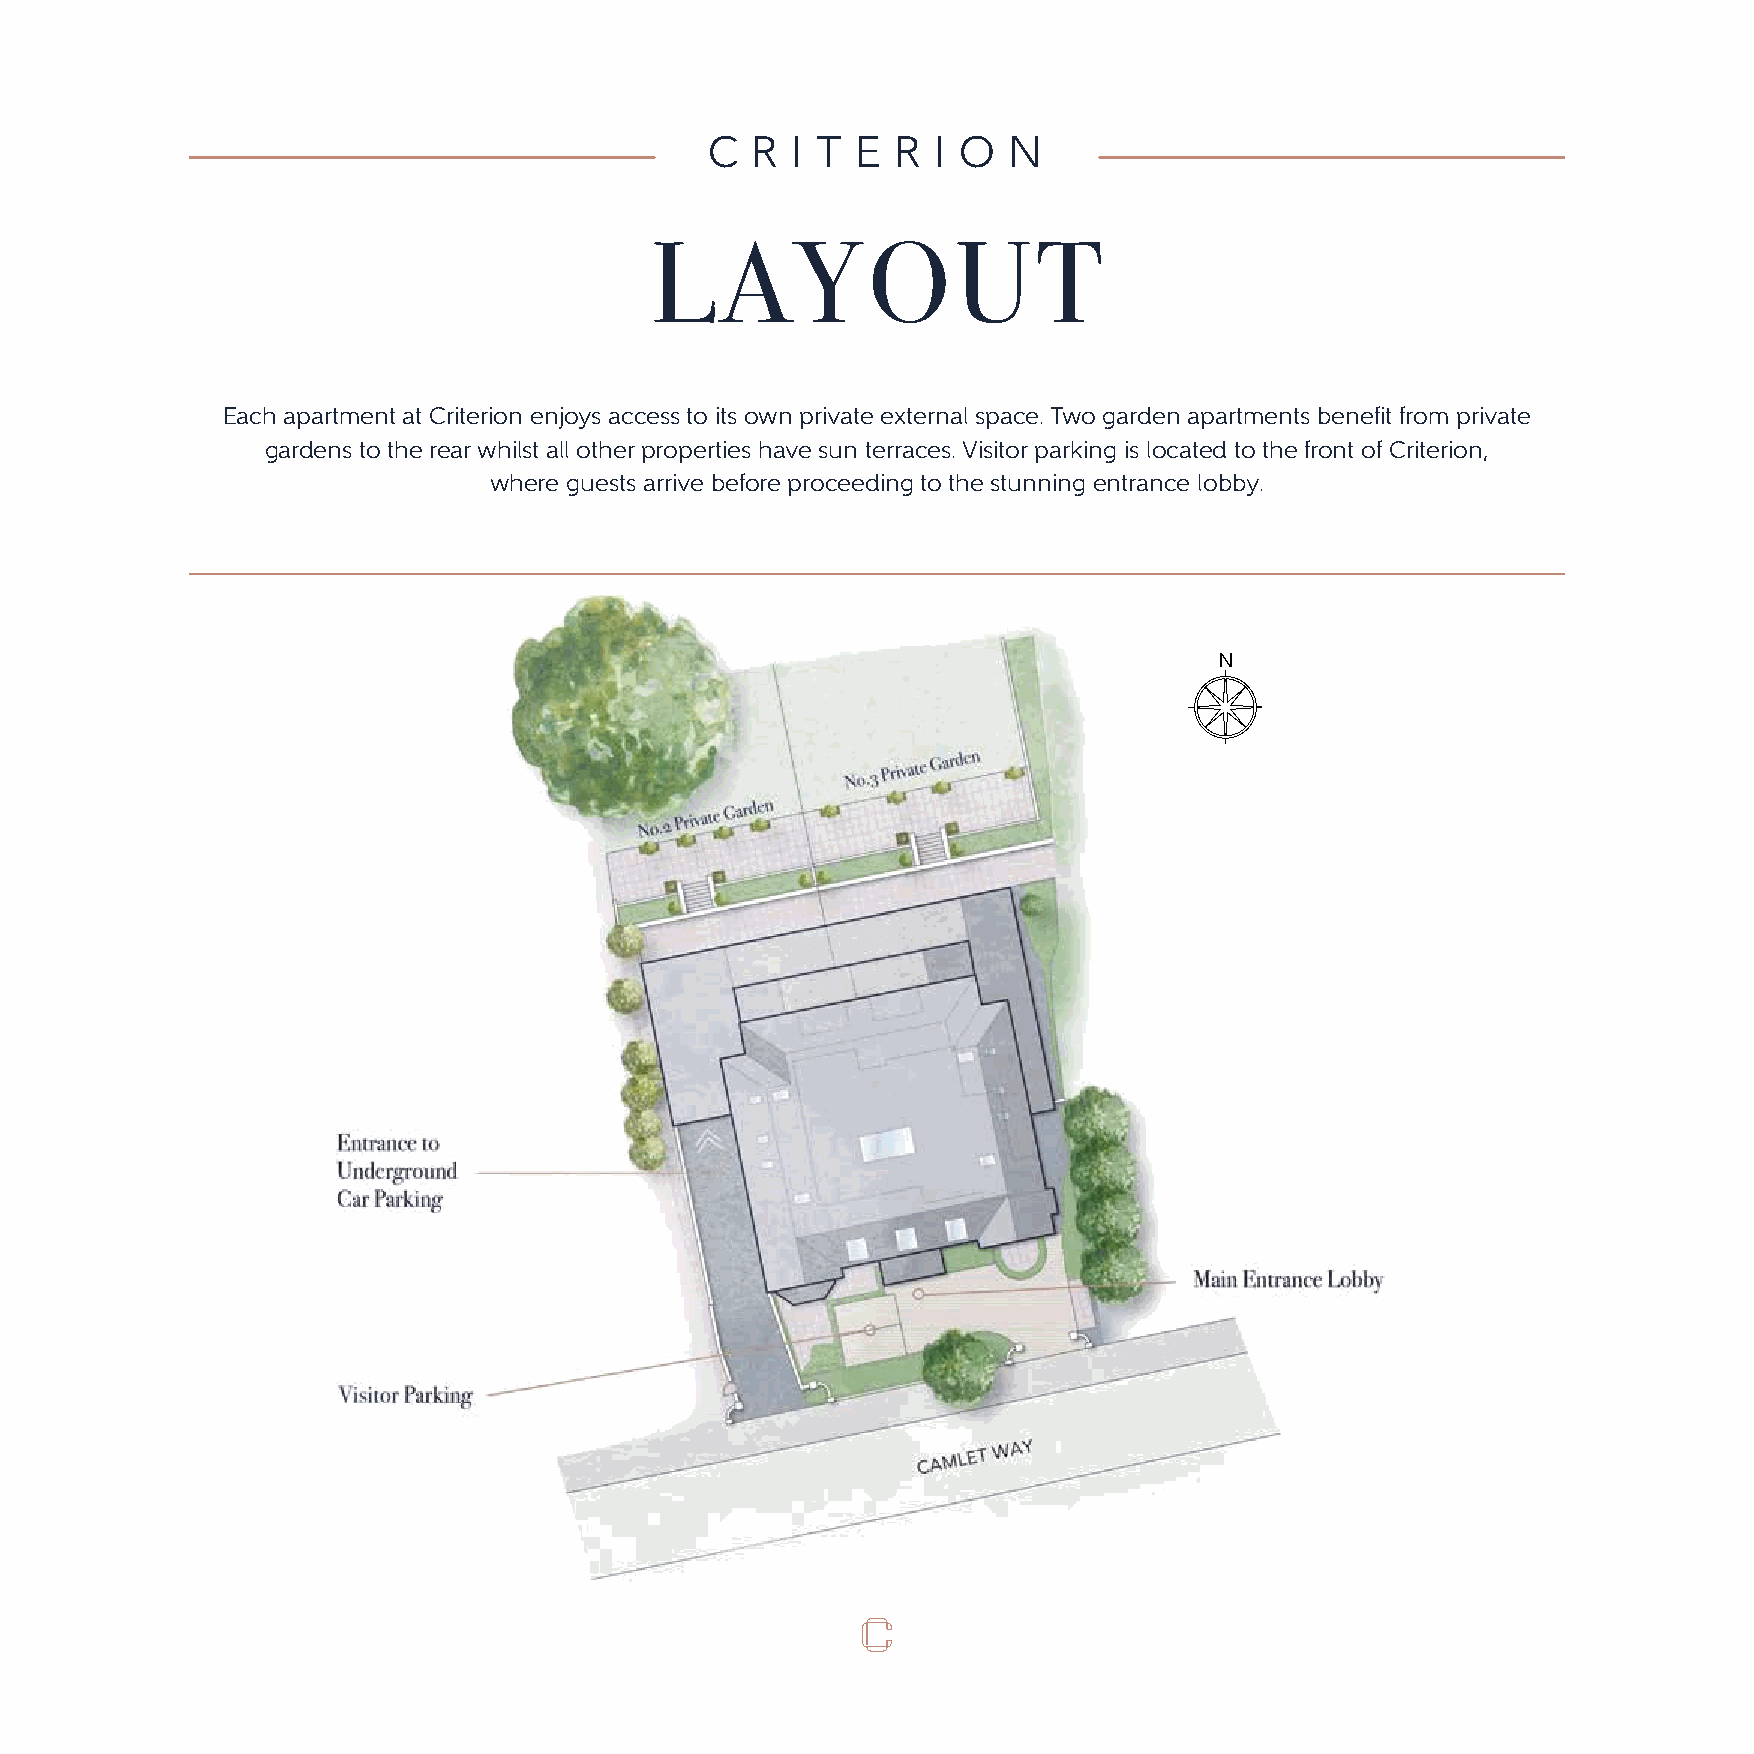
C  R I T  E R  I O  N
 LAYOUT
 Each apartment at Criterion enjoys access to its own private external space. Two garden apartments benefit from private
 gardens to the rear whilst all other properties have sun terraces. Visitor parking is located to the front of Criterion,
 where guests arrive before proceeding to the stunning entrance lobby.
 N